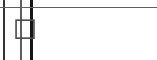
١